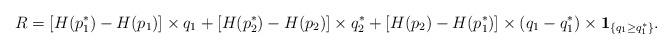
LaTeX: \begin{align*} R =[H(p_1^*)-H(p_1)]\times q_1 +[H(p_2^*)-H(p_2)]\times q_2^*+[H(p_2)-H(p_1^*)]\times(q_1- q_1^*)\times \bold{1}_{\{q_1\geq q_1^*\}}. \end{align*}